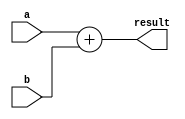
`timescale 1ns / 1ps
//////////////////////////////////////////////////////////////////////////////////
// Company: 
// Engineer: 
// 
// Design Name: 
// Module Name: Adder_32
// Project Name: 
// Target Devices: 
// Tool Versions: 
// Description: 
// 
// Dependencies: 
// 
// Revision:
// Revision 0.01 - File Created
// Additional Comments:
// 
//////////////////////////////////////////////////////////////////////////////////


module Adder_32(a, b, result);
  input [31:0] a, b;
  output [31:0] result;

  assign result = a + b;
endmodule